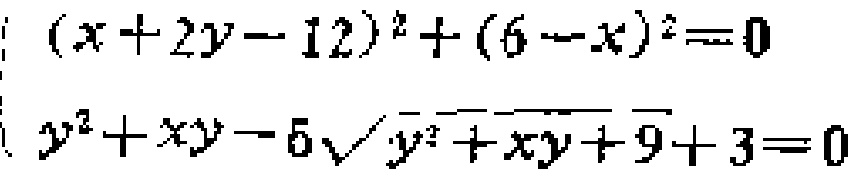
\((x + 2y - 12)^2+(6 - x)^2 = 0\)

\(y^{2}+xy - 5\sqrt{y^{2}+xy + 9}+3 = 0\)